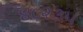
૪૮૨૩૫